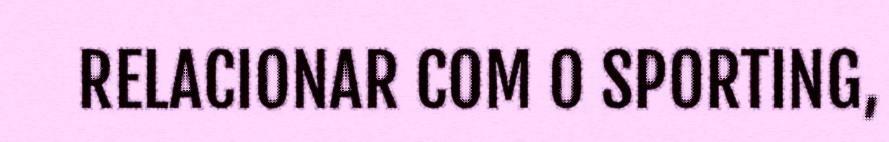
RELACIONAR COM O SPORTING,